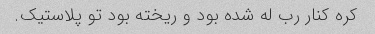
کره کنار رب له شده بود و ریخته بود تو پلاستیک.